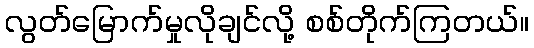
လွတ်မြောက်မှုလိုချင်လို့ စစ်တိုက်ကြတယ်။